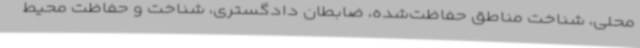
محلی، شناخت مناطق حفاظت‌شده، ضابطان دادگستری، شناخت و حفاظت محیط